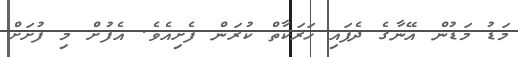
މަޑު މަަޑުން އޭނާގެ ދެފައި ހަރަކާތް ކުރަން ފެށިއެވެ. އެފުށް މި ފުށަށް